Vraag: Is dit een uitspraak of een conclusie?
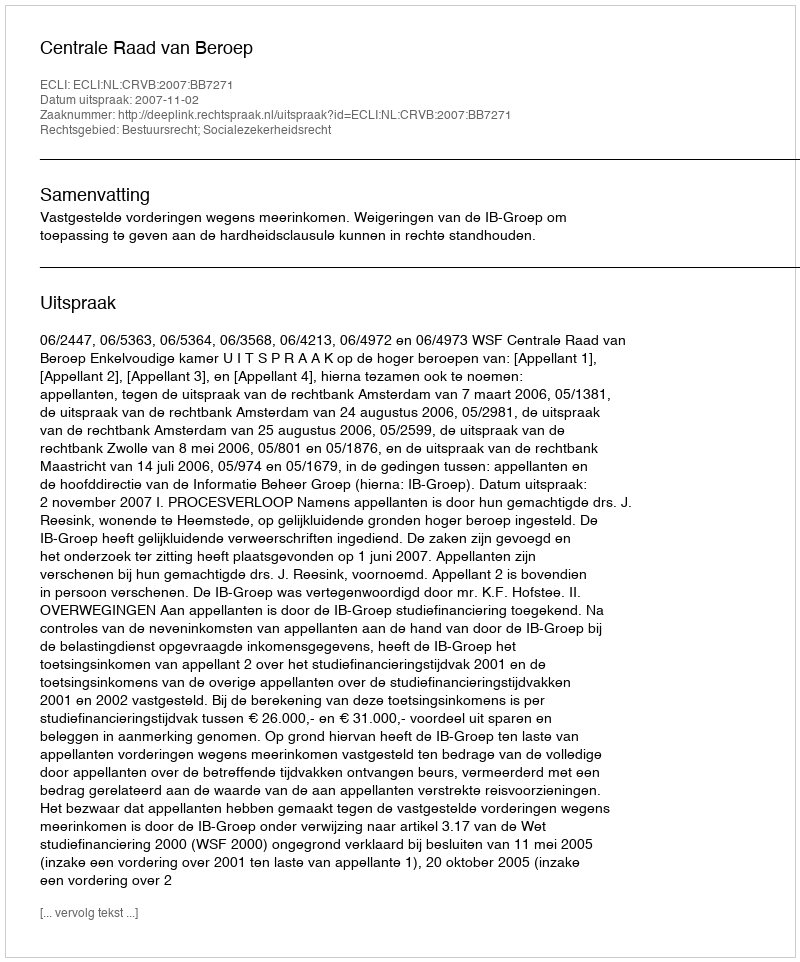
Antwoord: Uitspraak